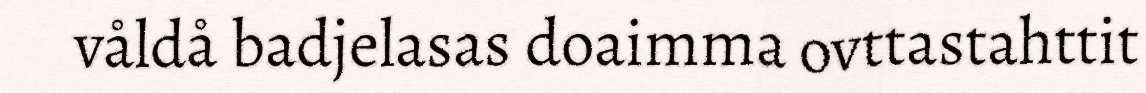
våldå badjelasas doaimma ovttastahttit